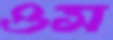
ওস